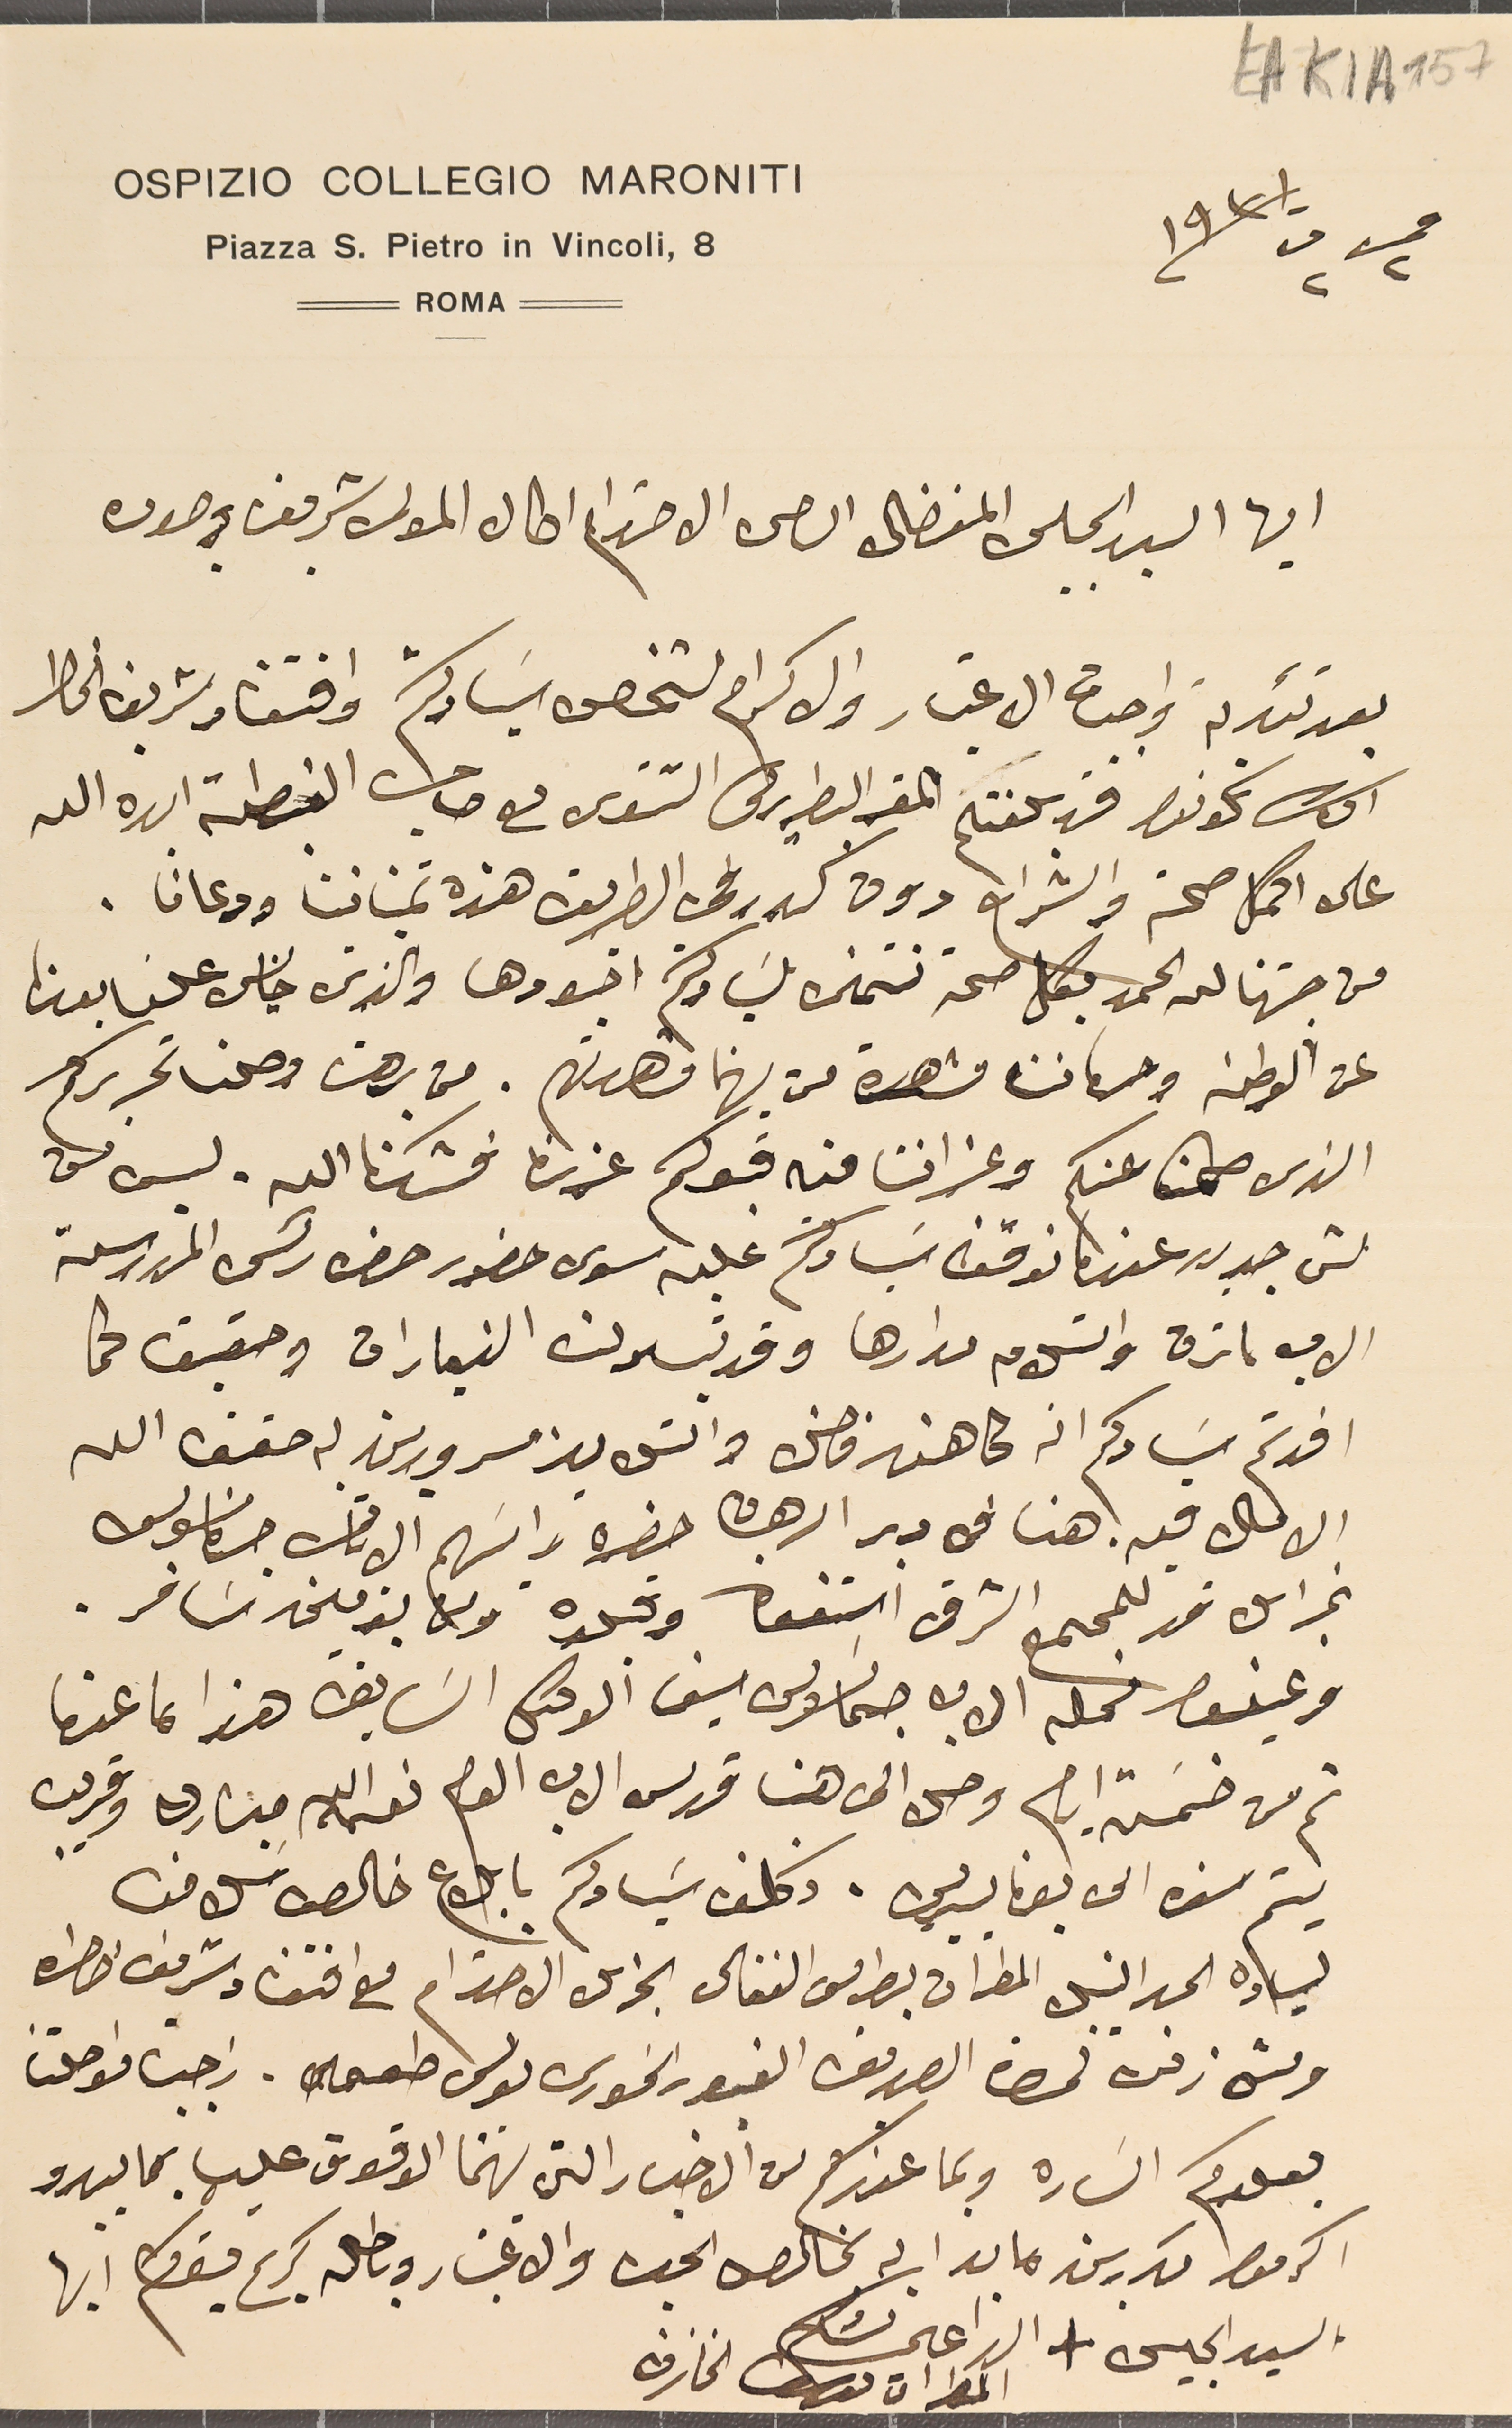
EAK1A 157
OSPIZIO COLLEGIO MARONITI
Piazza S. Pietro in Vincoli, 8
ايها السيد الجليل المفضال السامى الاحترام اطال المولى شريف وجوده
بعد تئدية واجبات الاعتبار والاكرام لشخص سَيادتكم وافتقاد شريف الخاطر
وان تكونوا قد بلغتم المقر البطريركى الشتوى مع صاحب الغبطة ايده الله
على اكمل صحة وانشراح دون كدر في الطريق هذه تمنياتنا ودعانا.
من جهتنا لله الحمد بكل صحة نتمنى لسَيادتكم اجودها والذي خايس علينا بعدنا
عن الوطن وحرمان مشاهدة من يهمنا مشاهدتهم. من برهت وصلنا تحريركم
الذى طمنا عنكم وعزاننا فيه قبوكم عزرنا فشكرنا الله. ليس فى
شى جديد عندما نوقف سَيادتكم عليه سوى حضور حضره رئس المدرسة
الاب ماترن واستلام مدارها وقد تبدلت الزيارات وحقيق كما
افدتم سَيادكم انه كاهن فاضل والتلاميذ مسرورين له حقق الله
الامال فيه. هنا فى دير الرهبان حضره رايسَهم الاباتى جرمانوس
غبراىل قد للمجمع الشرقى استعفاه وقبلاه ومن يومين سَافر.
وعينوا محله الاب جماىوس سيف الوكىل السَابق هذا ما عندىا
ثم من خمسَة ايام وصل الى هنا قدس الاب العام نعمه الله مبارك وقريب
يتم سفره الى بونايسيريس. وكلف سَيادكم بابلاع خالص سَلامنا
لسياده الحبر النيبل المطران بطرس الفغالى الجزىل الاحترام مع افتقاد شريف خاطره
ومش زفرة لحضرة الصديق الغيور الخورى بولس طعمه. راجيا مواصلتنا
بعودكم السَاره وبما عندكم من الاخبار التي يهمنا الوقوف عليها بما يبدو
اكرموا مكررين ما بدا به بخالص الحب والاعتبار وباطال كريم بقاكم ايها
السيد الحبيس +  الداعى شكركم
فى ٢ ت٢ /١٩٣١
المطران ىوسف الخازن
ROMA